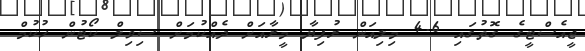
ޖީއެސްޓީގެ ގޮތުގައި 4.6 މިލިއަން ރުފިޔާ މީރާއަށް ދެއްކުމަށް ސިވިލް ކޯޓުން ހުކުމް